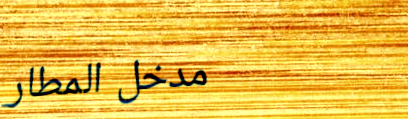
مدخل المطار